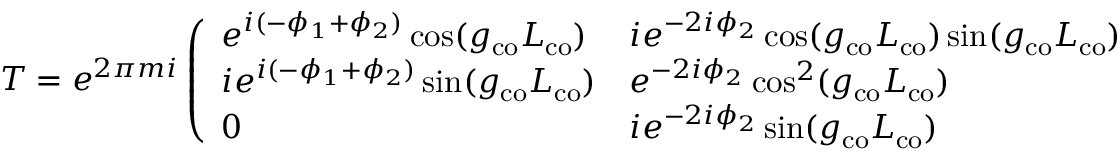
T = e ^ { 2 \pi m i } \left( \begin{array} { l l l } { e ^ { i ( - \phi _ { 1 } + \phi _ { 2 } ) } \cos ( g _ { \mathrm { c o } } L _ { \mathrm { c o } } ) } & { i e ^ { - 2 i \phi _ { 2 } } \cos ( g _ { \mathrm { c o } } L _ { \mathrm { c o } } ) \sin ( g _ { \mathrm { c o } } L _ { \mathrm { c o } } ) } & { - e ^ { i ( \phi _ { 1 } + \phi _ { 2 } ) } \sin ^ { 2 } ( g _ { \mathrm { c o } } L _ { \mathrm { c o } } ) } \\ { i e ^ { i ( - \phi _ { 1 } + \phi _ { 2 } ) } \sin ( g _ { \mathrm { c o } } L _ { \mathrm { c o } } ) } & { e ^ { - 2 i \phi _ { 2 } } \cos ^ { 2 } ( g _ { \mathrm { c o } } L _ { \mathrm { c o } } ) } & { i e ^ { i ( \phi _ { 1 } + \phi _ { 2 } ) } \cos ( g _ { \mathrm { c o } } L _ { \mathrm { c o } } ) \sin ( g _ { \mathrm { c o } } L _ { \mathrm { c o } } ) } \\ { 0 } & { i e ^ { - 2 i \phi _ { 2 } } \sin ( g _ { \mathrm { c o } } L _ { \mathrm { c o } } ) } & { e ^ { i ( \phi _ { 1 } + \phi _ { 2 } ) } \cos ( g _ { \mathrm { c o } } L _ { \mathrm { c o } } ) } \end{array} \right)